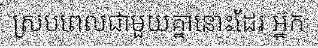
ស្របពេលជាមួយគ្នានោះដែរ អ្នក